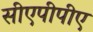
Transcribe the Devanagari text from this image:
सीएपीपीए